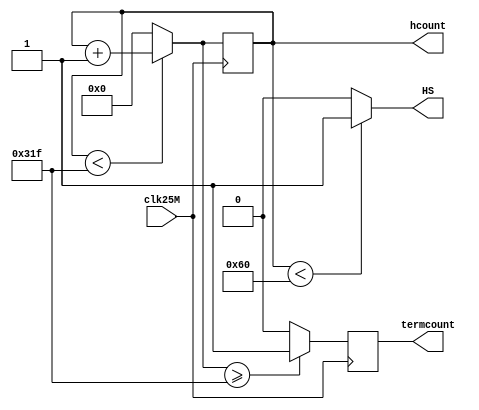
`timescale 1ns / 1ps
//////////////////////////////////////////////////////////////////////////////////
// Company: 
// Engineer: 
// 
// Design Name: 
// Module Name:    horizcount 
// Project Name: 
// Target Devices: 
// Tool versions: 
// Description: 
//
// Dependencies: 
//
// Revision: 
// Revision 0.01 - File Created
// Additional Comments: 
//
//////////////////////////////////////////////////////////////////////////////////
module horizcount(
    input clk25M,
    output HS,
    output [9:0] hcount,
    output reg termcount
    );

parameter numPixels = 799; // Value of pixels in a horizonal line = 799

reg [9:0] nextCount;
reg [9:0] count = 0;
reg nextTermCount;

always @ (*) begin
	if (count < 799)
		nextCount = count + 1; 
	else
		nextCount = 0; // counter has reached the end of pixel count - reset the counter
	nextTermCount = (nextCount >= 799) ? 1 : 0; // Enable the vertical counter when hcount >= 799
end

always @ (posedge clk25M) begin
	count <= nextCount;
	termcount <= nextTermCount;
end

// Output
assign hcount = count;

assign HS = (count < 96) ? 1 : 0; // Horizontal Sync Pulse is high when count is 0-95

endmodule